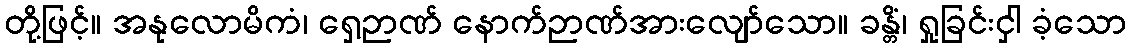
တို့ဖြင့်။ အနုလောမိကံ၊ ရှေ့ဉာဏ် နောက်ဉာဏ်အားလျော်သော။ ခန္တိံ၊ ရှုခြင်းငှါ ခံ့သော